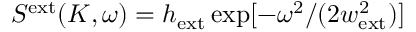
S ^ { \mathrm { e x t } } ( K , \omega ) = h _ { \mathrm { e x t } } \exp [ - \omega ^ { 2 } / ( 2 w _ { \mathrm { e x t } } ^ { 2 } ) ]